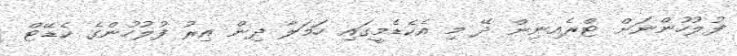
ފުލުހުންނަށް ޓްރެއިނިން ދޭ މި އެކެޑެމީގައި ހަމަލާ ދިން އިރު ފުލުހުންގެ ކެޑޭޓް